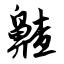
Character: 齄